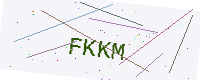
Text: FKKM